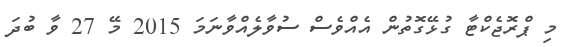
މި ޕްރޮޖެކްޓާ ގުޅޭގޮތުން އެއްވެސް ސުވާލެއްވާނަމަ 2015 މޭ 27 ވާ ބުދަ